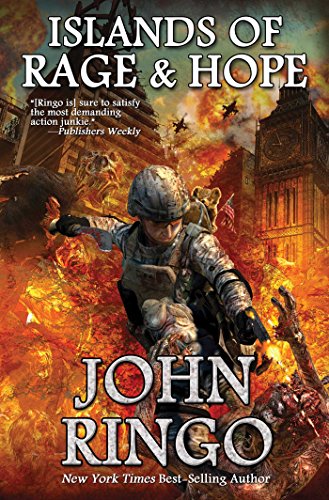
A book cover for Islands of Rage and Hope (Black Tide Rising); John Ringo; Science Fiction & Fantasy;